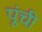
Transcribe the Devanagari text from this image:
पूंची